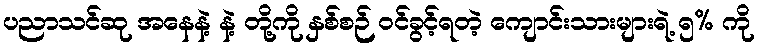
ပညာသင်ဆု အနေနဲ့ နဲ့ တို့ကို နှစ်စဉ် ဝင်ခွင့်ရတဲ့ ကျောင်းသားများရဲ့ ၅% ကို